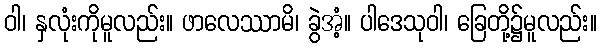
ဝါ၊ နှလုံးကိုမူလည်း။ ဖာလေဿာမိ၊ ခွဲအံ့။ ပါဒေသုဝါ၊ ခြေတို့၌မူလည်း။